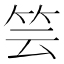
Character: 𥬀